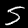
Digit: 5